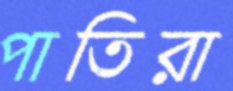
পাতিরা